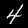
Label: 4